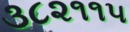
૩૮૨૧૧૫